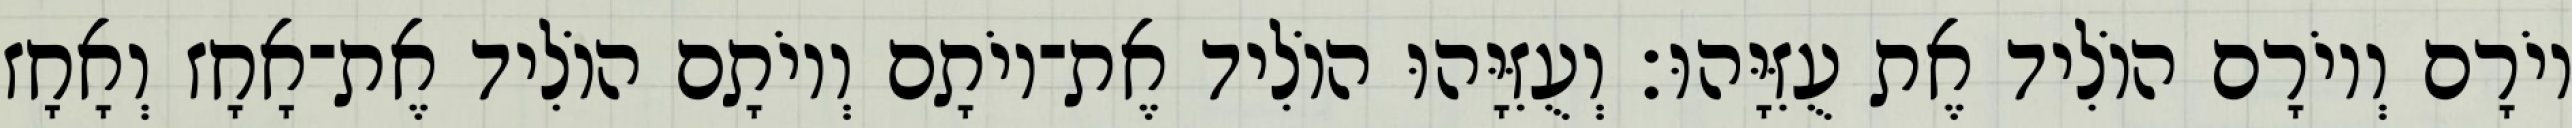
יוֹרָם וְיוֹרָם הוֹלִיד אֶת עֻזִּיָּהוּ׃ וְעֻזִּיָּהוּ הוֹלִיד אֶת־יוֹתָם וְיוֹתָם הוֹלִיד אֶת־אָחָז וְאָחָז